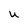
Character: U